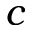
c